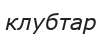
клубтар